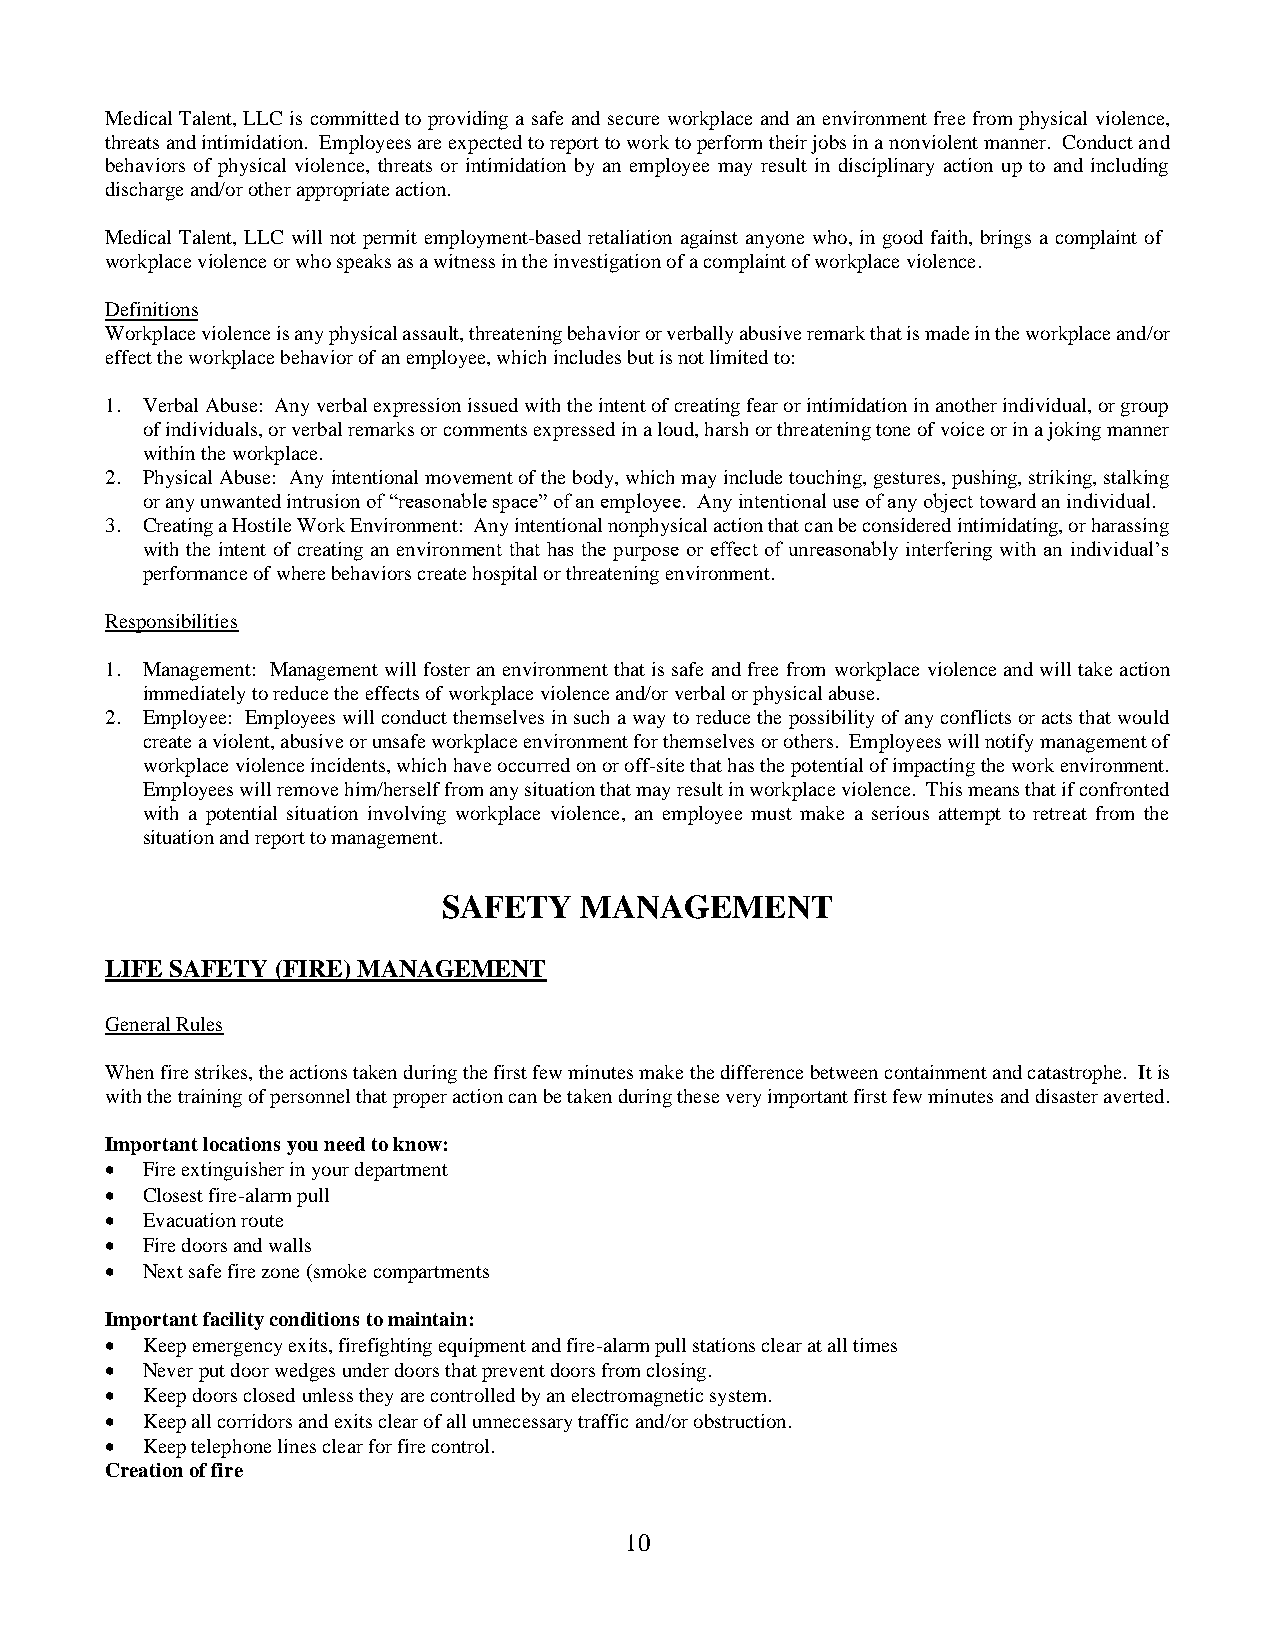
Medical Talent, LLC is committed to providing a safe and secure workplace and an environment free from physical violence,
 threats and intimidation. Employees are expected to report to work to perform their jobs in a nonviolent manner. Conduct and
 behaviors of physical violence, threats or intimidation by an employee may result in disciplinary action up to and including
 discharge and/or other appropriate action.
 Medical Talent, LLC will not permit employment-based retaliation against anyone who, in good faith, brings a complaint of
 workplace violence or who speaks as a witness in the investigation of a complaint of workplace violence.
 Definitions
 Workplace violence is any physical assault, threatening behavior or verbally abusive remark that is made in the workplace and/or
 effect the workplace behavior of an employee, which includes but is not limited to:
 1. Verbal Abuse: Any verbal expression issued with the intent of creating fear or intimidation in another individual, or group
 of individuals, or verbal remarks or comments expressed in a loud, harsh or threatening tone of voice or in a joking manner
 within the workplace.
 2. Physical Abuse: Any intentional movement of the body, which may include touching, gestures, pushing, striking, stalking
 or any unwanted intrusion of “reasonable space” of an employee. Any intentional use of any object toward an individual.
 3. Creating a Hostile Work Environment: Any intentional nonphysical action that can be considered intimidating, or harassing
 with the intent of creating an environment that has the purpose or effect of unreasonably interfering with an individual’s
 performance of where behaviors create hospital or threatening environment.
 Responsibilities
 1. Management: Management will foster an environment that is safe and free from workplace violence and will take action
 immediately to reduce the effects of workplace violence and/or verbal or physical abuse.
 2. Employee: Employees will conduct themselves in such a way to reduce the possibility of any conflicts or acts that would
 create a violent, abusive or unsafe workplace environment for themselves or others. Employees will notify management of
 workplace violence incidents, which have occurred on or off-site that has the potential of impacting the work environment.
 Employees will remove him/herself from any situation that may result in workplace violence. This means that if confronted
 with a potential situation involving workplace violence, an employee must make a serious attempt to retreat from the
 situation and report to management.
 SAFETY   MANAGEMENT
 LIFE SAFETY (FIRE) MANAGEMENT
 General Rules
 When fire strikes, the actions taken during the first few minutes make the difference between containment and catastrophe. It is
 with the training of personnel that proper action can be taken during these very important first few minutes and disaster averted.
 Important locations you need to know:
 • Fire extinguisher in your department
 • Closest fire-alarm pull
 • Evacuation route
 • Fire doors and walls
 • Next safe fire zone (smoke compartments
 Important facility conditions to maintain:
 • Keep emergency exits, firefighting equipment and fire-alarm pull stations clear at all times
 • Never put door wedges under doors that prevent doors from closing.
 • Keep doors closed unless they are controlled by an electromagnetic system.
 • Keep all corridors and exits clear of all unnecessary traffic and/or obstruction.
 • Keep telephone lines clear for fire control.
 Creation of fire
 10